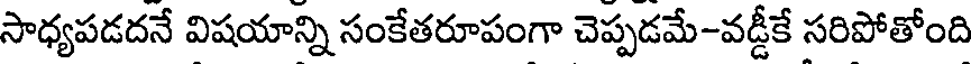
సాధ్యపడదనే విషయాన్ని సంకేతరూపంగా చెప్పడమే-వడ్డీకే సరిపోతోంది